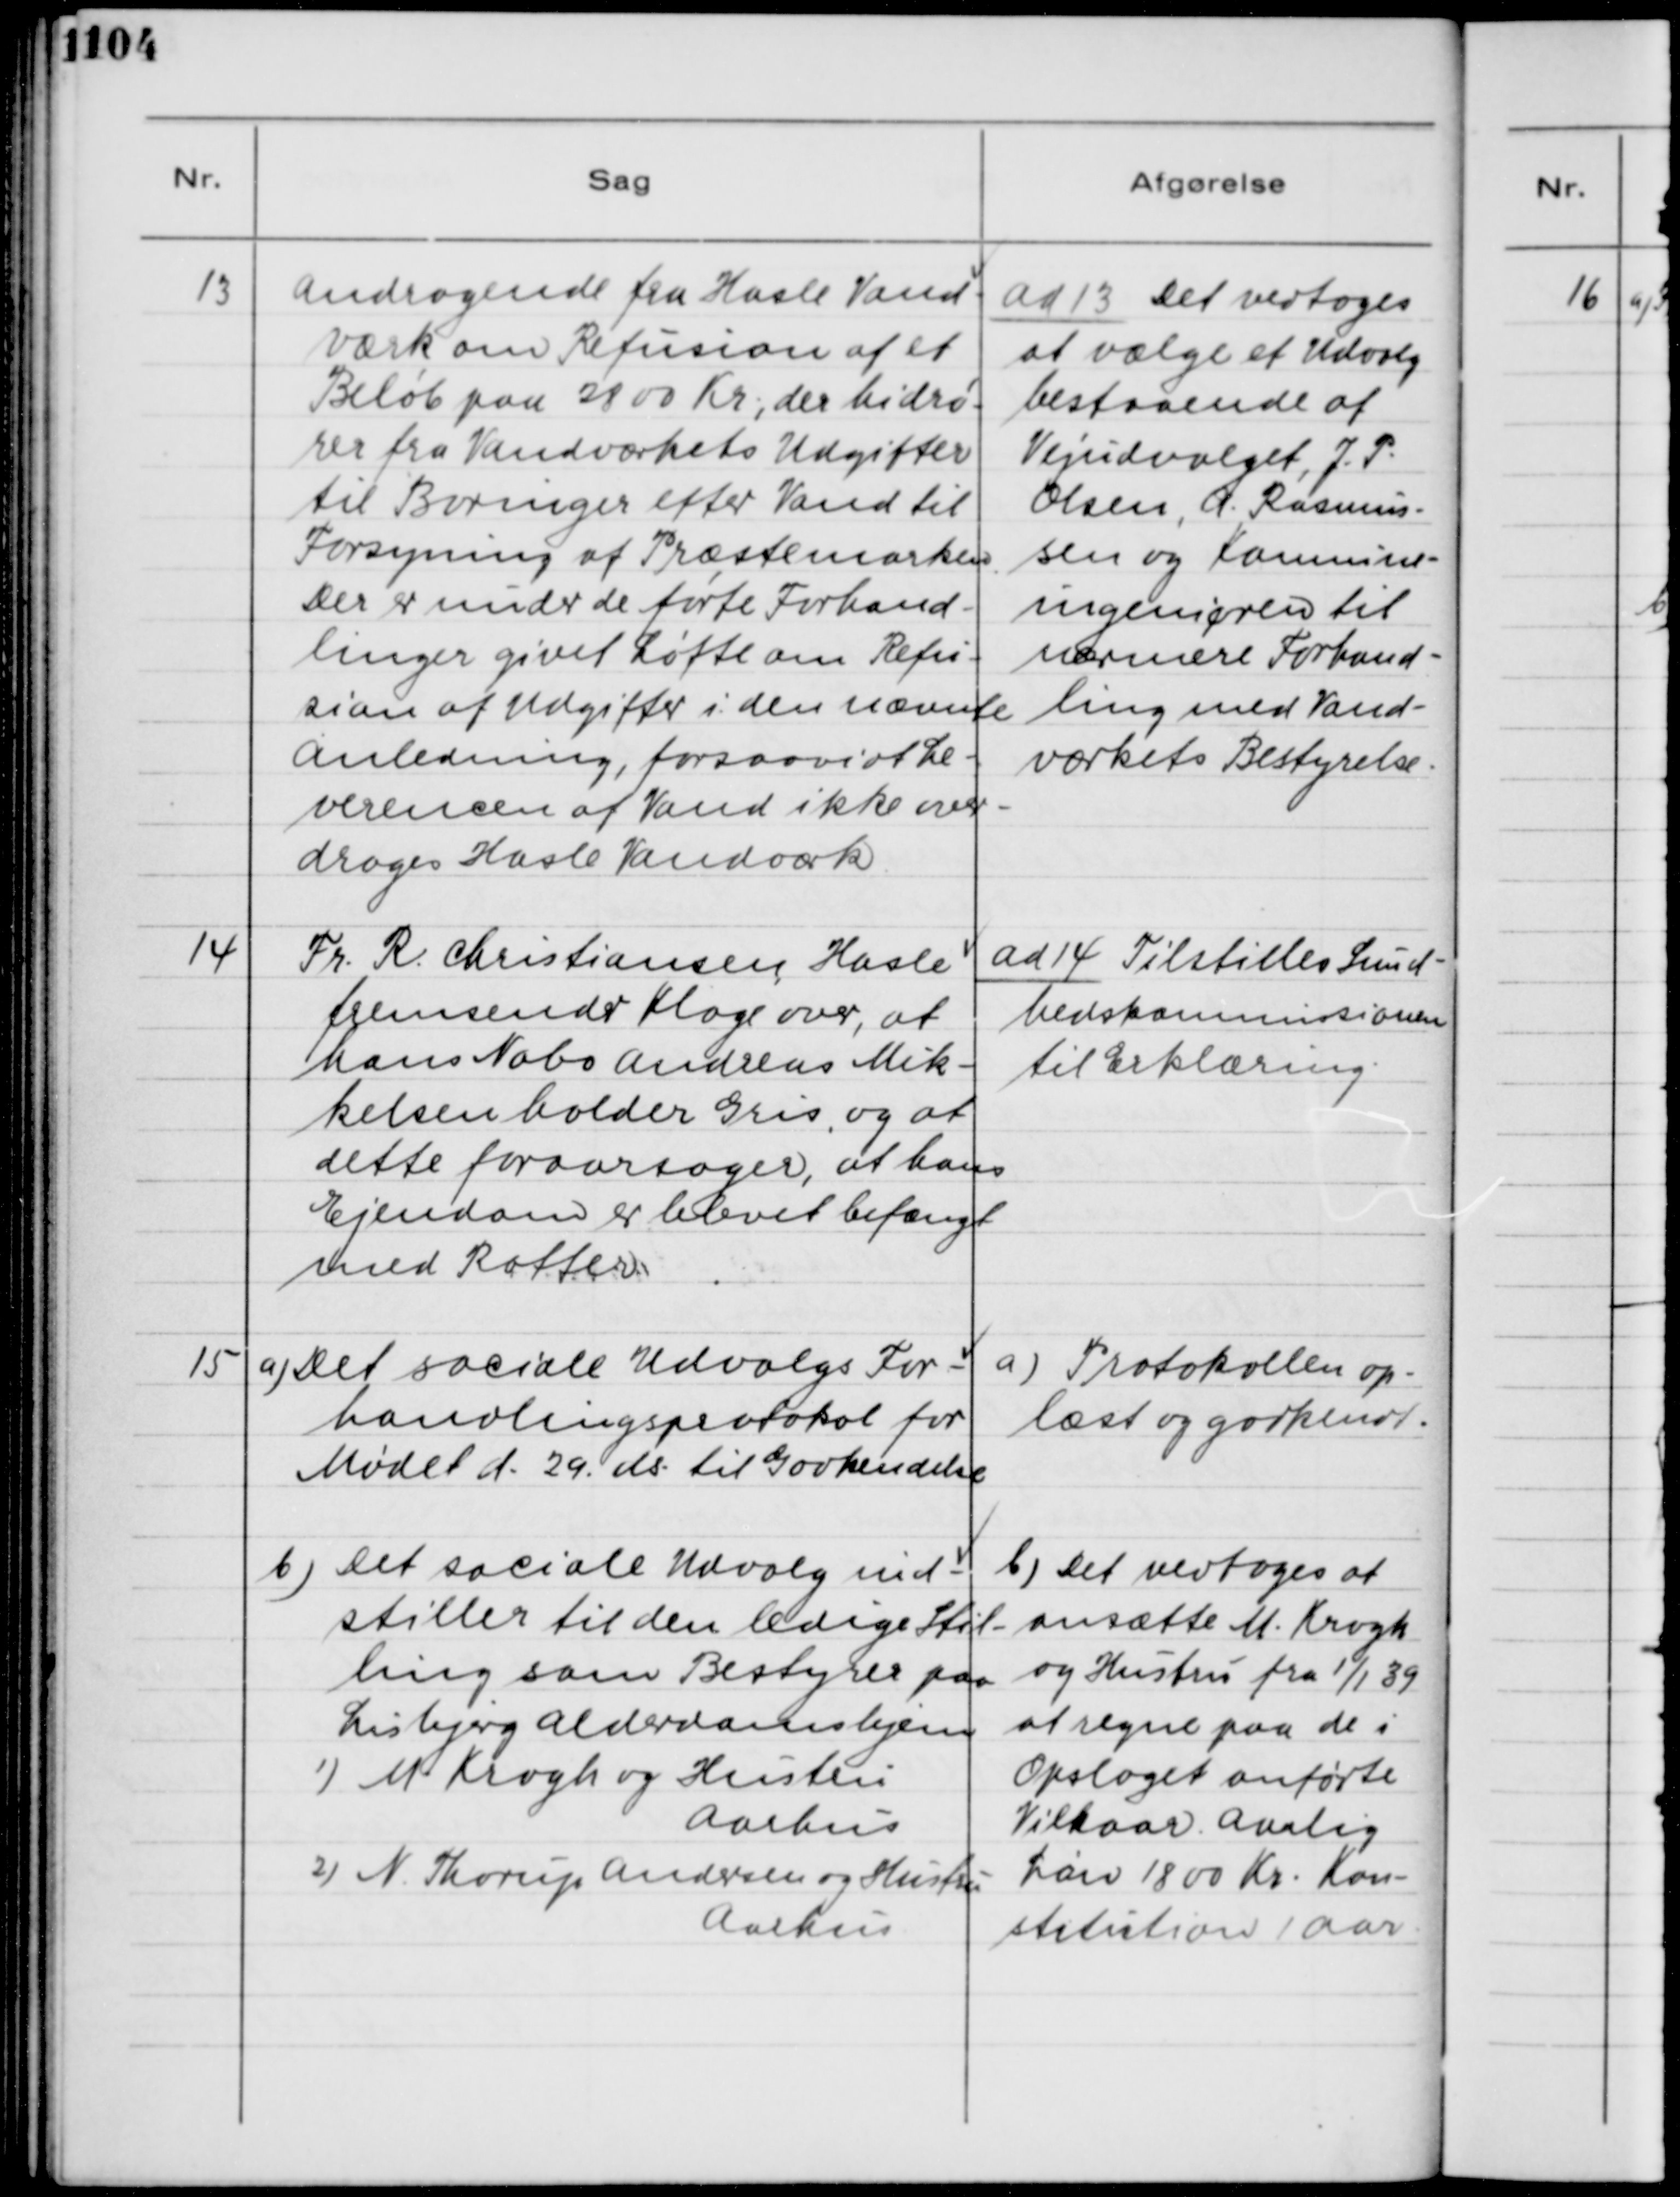
Transskription:
13. Andragende fra Hasle Vand-
værk om Refusion af et
Beløb paa 2800 Kr., der hidrø-
rer fra Vandværkets Udgifter
til Boringer efter Vand til
Forsyning af Præstemarken.
Der er under de førte Forhand-
linger givet Løfte om Refu-
sion af Udgifter i den nævnte
Anledning, forsaavidt Le-
verencen af Vand ikke over-
drages Hasle Vandværk.

Ad 13. Det vedtoges
at vælge et Udvalg
bestaaende af
Vejudvalget, J. P.
Olsen, A. Rasmus-
sen og Kommune-
ingeniøren til
nærværende Forhand-
ling med Vand-
værkets Bestyrelse.

14. Fr. R. Christiansen, Hasle
fremsender klage over, at
hans Nabo Andreas Mik-
kelsen holder Gris, og at
dette foraarsager, at hans
Ejendom er blevet befængt
med Rotter.

ad 14. Tilstilles Sund-
hedskommissionen
til Erklæring.

15. a) Det sociale Udvalgs For-
handlingsprotokol for
Mødet d. 29. ds. til Godkendelse.

a) Protokollen op-
læst og godkendt.

b) Det Sociale Udvalg ind-
stiller til den ledige Stil-
ling som Bestyrer paa
Lisbjerg Alderdomshjem
1) M. Krogh og Hustru
Aarhus
2) N. Thorup Andersen og Hustru
Aarhus

b) Det vedtoges at
ansætte M. Krogh
og Hustru fra 1/1 39
at regne paa de i
Opslaget anførte
Vilkaar. Aarlig
Løn 1800 Kr. Kon-
stitution 1 Aar.